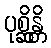
ပုစ္ဆိန္တိ